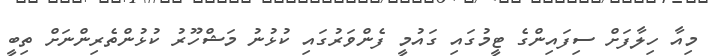
މިއާ ހިލާފަށް ސިފައިންގެ ޓީމުގައި ގައުމީ ފެންވަރުގައި ކުޅުނު މަޝްހޫރު ކުޅުންތެރިންނަށް ތިބީ